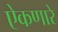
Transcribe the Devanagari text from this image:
ऐकणारे